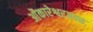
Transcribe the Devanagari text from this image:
ओंकारेश्वरजवळ